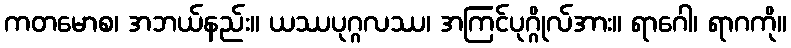
ကတမောစ၊ အဘယ်နည်း။ ယဿပုဂ္ဂလဿ၊ အကြင်ပုဂ္ဂိုလ်အား။ ရာဂေါ၊ ရာဂကို။